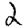
Digit: 2